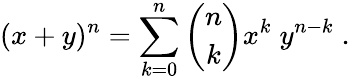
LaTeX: (x+y)^{n}=\sum_{k=0}^{n}\binom{n}{k}x^{k}\; y^{n-k}\; .